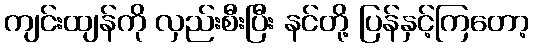
ကျင်းထျန်ကို လှည်းစီးပြီး နင်တို့ ပြန်နှင့်ကြတော့